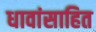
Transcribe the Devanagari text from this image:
धावांसाहित